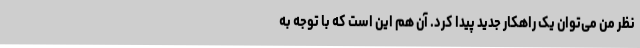
نظر من می‌توان یک راهکار جدید پیدا کرد. آن هم این است که با توجه به